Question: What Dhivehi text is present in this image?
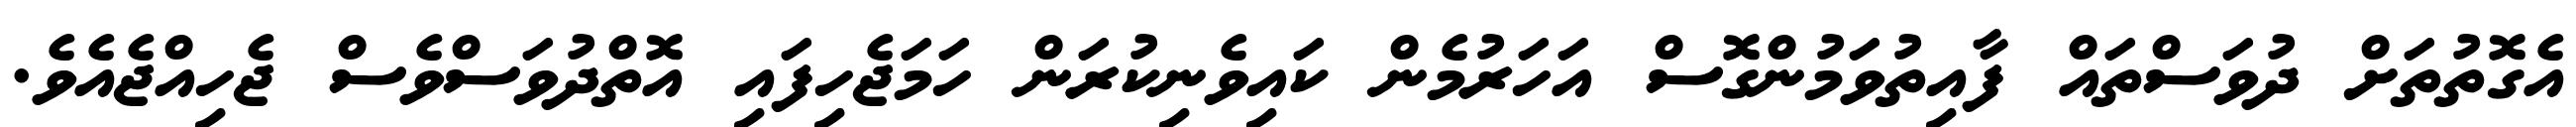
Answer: އެގޮތުތަށް ދުވަސްތައް ފާއިތުވަމުންގޮސް އަހަރުމެން ކައިވެނިކުރަން ހަމަޖެހިފައި އޮތްދުވަސްވެސް ޖެހިއްޖެއެވެ.